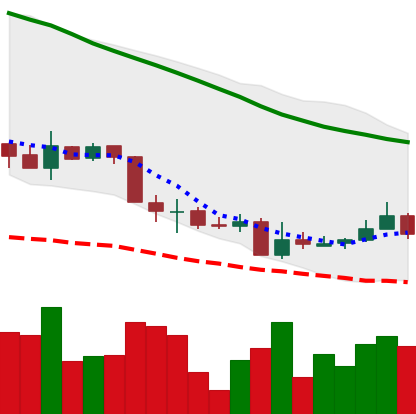
Ticker: XMR-USD
Chart end date: 2018-06-04
Forward return: -3.209%
Label: down_3_5